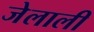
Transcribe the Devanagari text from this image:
जेलाली